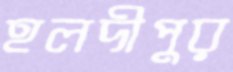
হলদীপুর